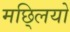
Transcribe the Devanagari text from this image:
मछ्लियो